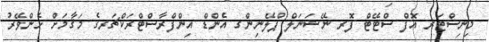
މިނިސްޓަރ އޮފް ސްޓޭޓް ފޮރ ނޭޝަނަލް ޕްލޭނިންގ އެންޑް އިންފްރާސްޓްރަކްޗަރގެ މަޤާމަށް ހެންވޭރު